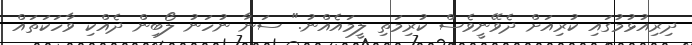
ދިރިއުޅުމުގައި ކުރިއަށް ދެވޭނީވެސް ކުރިމަތި ލީމައެއްނު." ސަނާ ނުހަނު ލޯބިން ދެއްކި ވާހަކަތައް